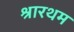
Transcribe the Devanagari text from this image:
श्रारथम